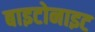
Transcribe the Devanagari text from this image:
बाइटोनाइट